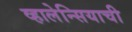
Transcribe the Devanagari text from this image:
व्हालेन्सियाची